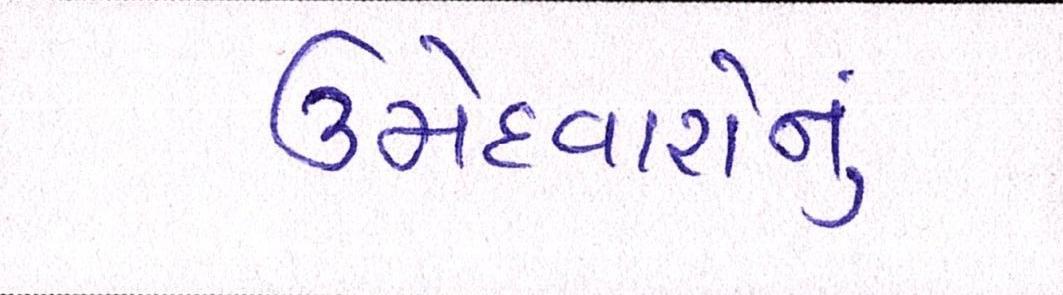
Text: ઉમેદવારોનું